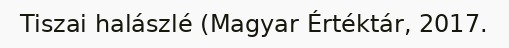
Tiszai halászlé (Magyar Értéktár, 2017.